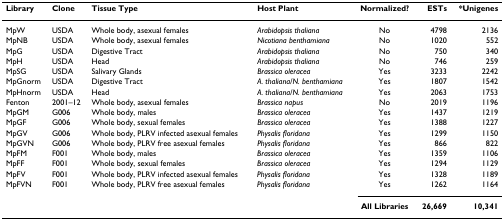
| Library | Clone | Tissue Type | Host Plant | Normalized? | ESTs | *Unigenes |
 | --- | --- | --- | --- | --- | --- | --- |
 | MpW | USDA | Whole body, asexual females | Arabidopsis thaliana | No | 4798 | 2136 |
 | MpNB | USDA | Whole body, asexual females | Nicotiana benthamiana | No | 1020 | 552 |
 | MpG | USDA | Digestive Tract | Arabidopsis thaliana | No | 750 | 340 |
 | MpH | USDA | Head | Arabidopsis thaliana | No | 746 | 259 |
 | MpSG | USDA | Salivary Glands | Brassica oleracea | Yes | 3233 | 2242 |
 | MpGnorm | USDA | Digestive Tract | A. thaliana/N. benthamiana | Yes | 1807 | 1542 |
 | MpHnorm | USDA | Head | A. thaliana/N. benthamiana | Yes | 2063 | 1753 |
 | Fenton | 2001–12 | Whole body, asexual females | Brassica napus | No | 2019 | 1196 |
 | MpGM | G006 | Whole body, males | Brassica oleracea | Yes | 1437 | 1219 |
 | MpGF | G006 | Whole body, sexual females | Brassica oleracea | Yes | 1388 | 1227 |
 | MpGV | G006 | Whole body, PLRV infected asexual females | Physalis floridana | Yes | 1299 | 1150 |
 | MpGVN | G006 | Whole body, PLRV free asexual females | Physalis floridana | Yes | 866 | 822 |
 | MpFM | F001 | Whole body, males | Brassica oleracea | Yes | 1359 | 1106 |
 | MpFF | F001 | Whole body, sexual females | Brassica oleracea | Yes | 1294 | 1129 |
 | MpFV | F001 | Whole body, PLRV infected asexual females | Physalis floridana | Yes | 1328 | 1189 |
 | MpFVN | F001 | Whole body, PLRV free asexual females | Physalis floridana | Yes | 1262 | 1164 |
 |  |  |  |  | All Libraries | 26,669 | 10,341 |